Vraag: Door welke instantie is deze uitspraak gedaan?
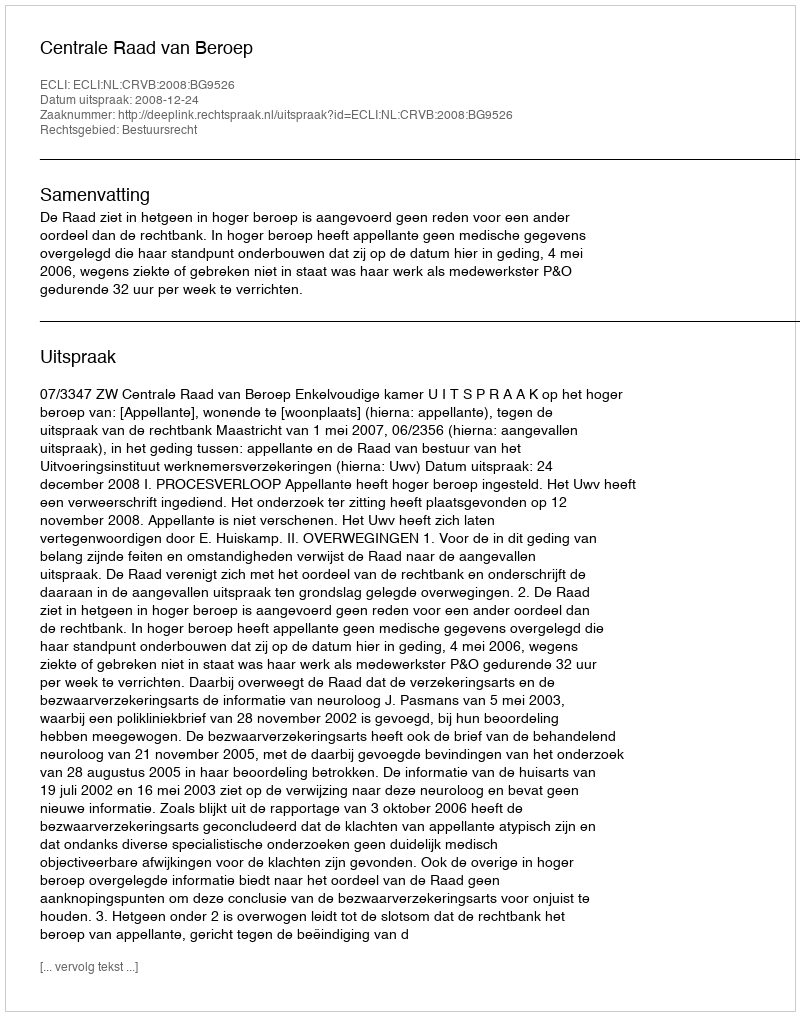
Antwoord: Centrale Raad van Beroep